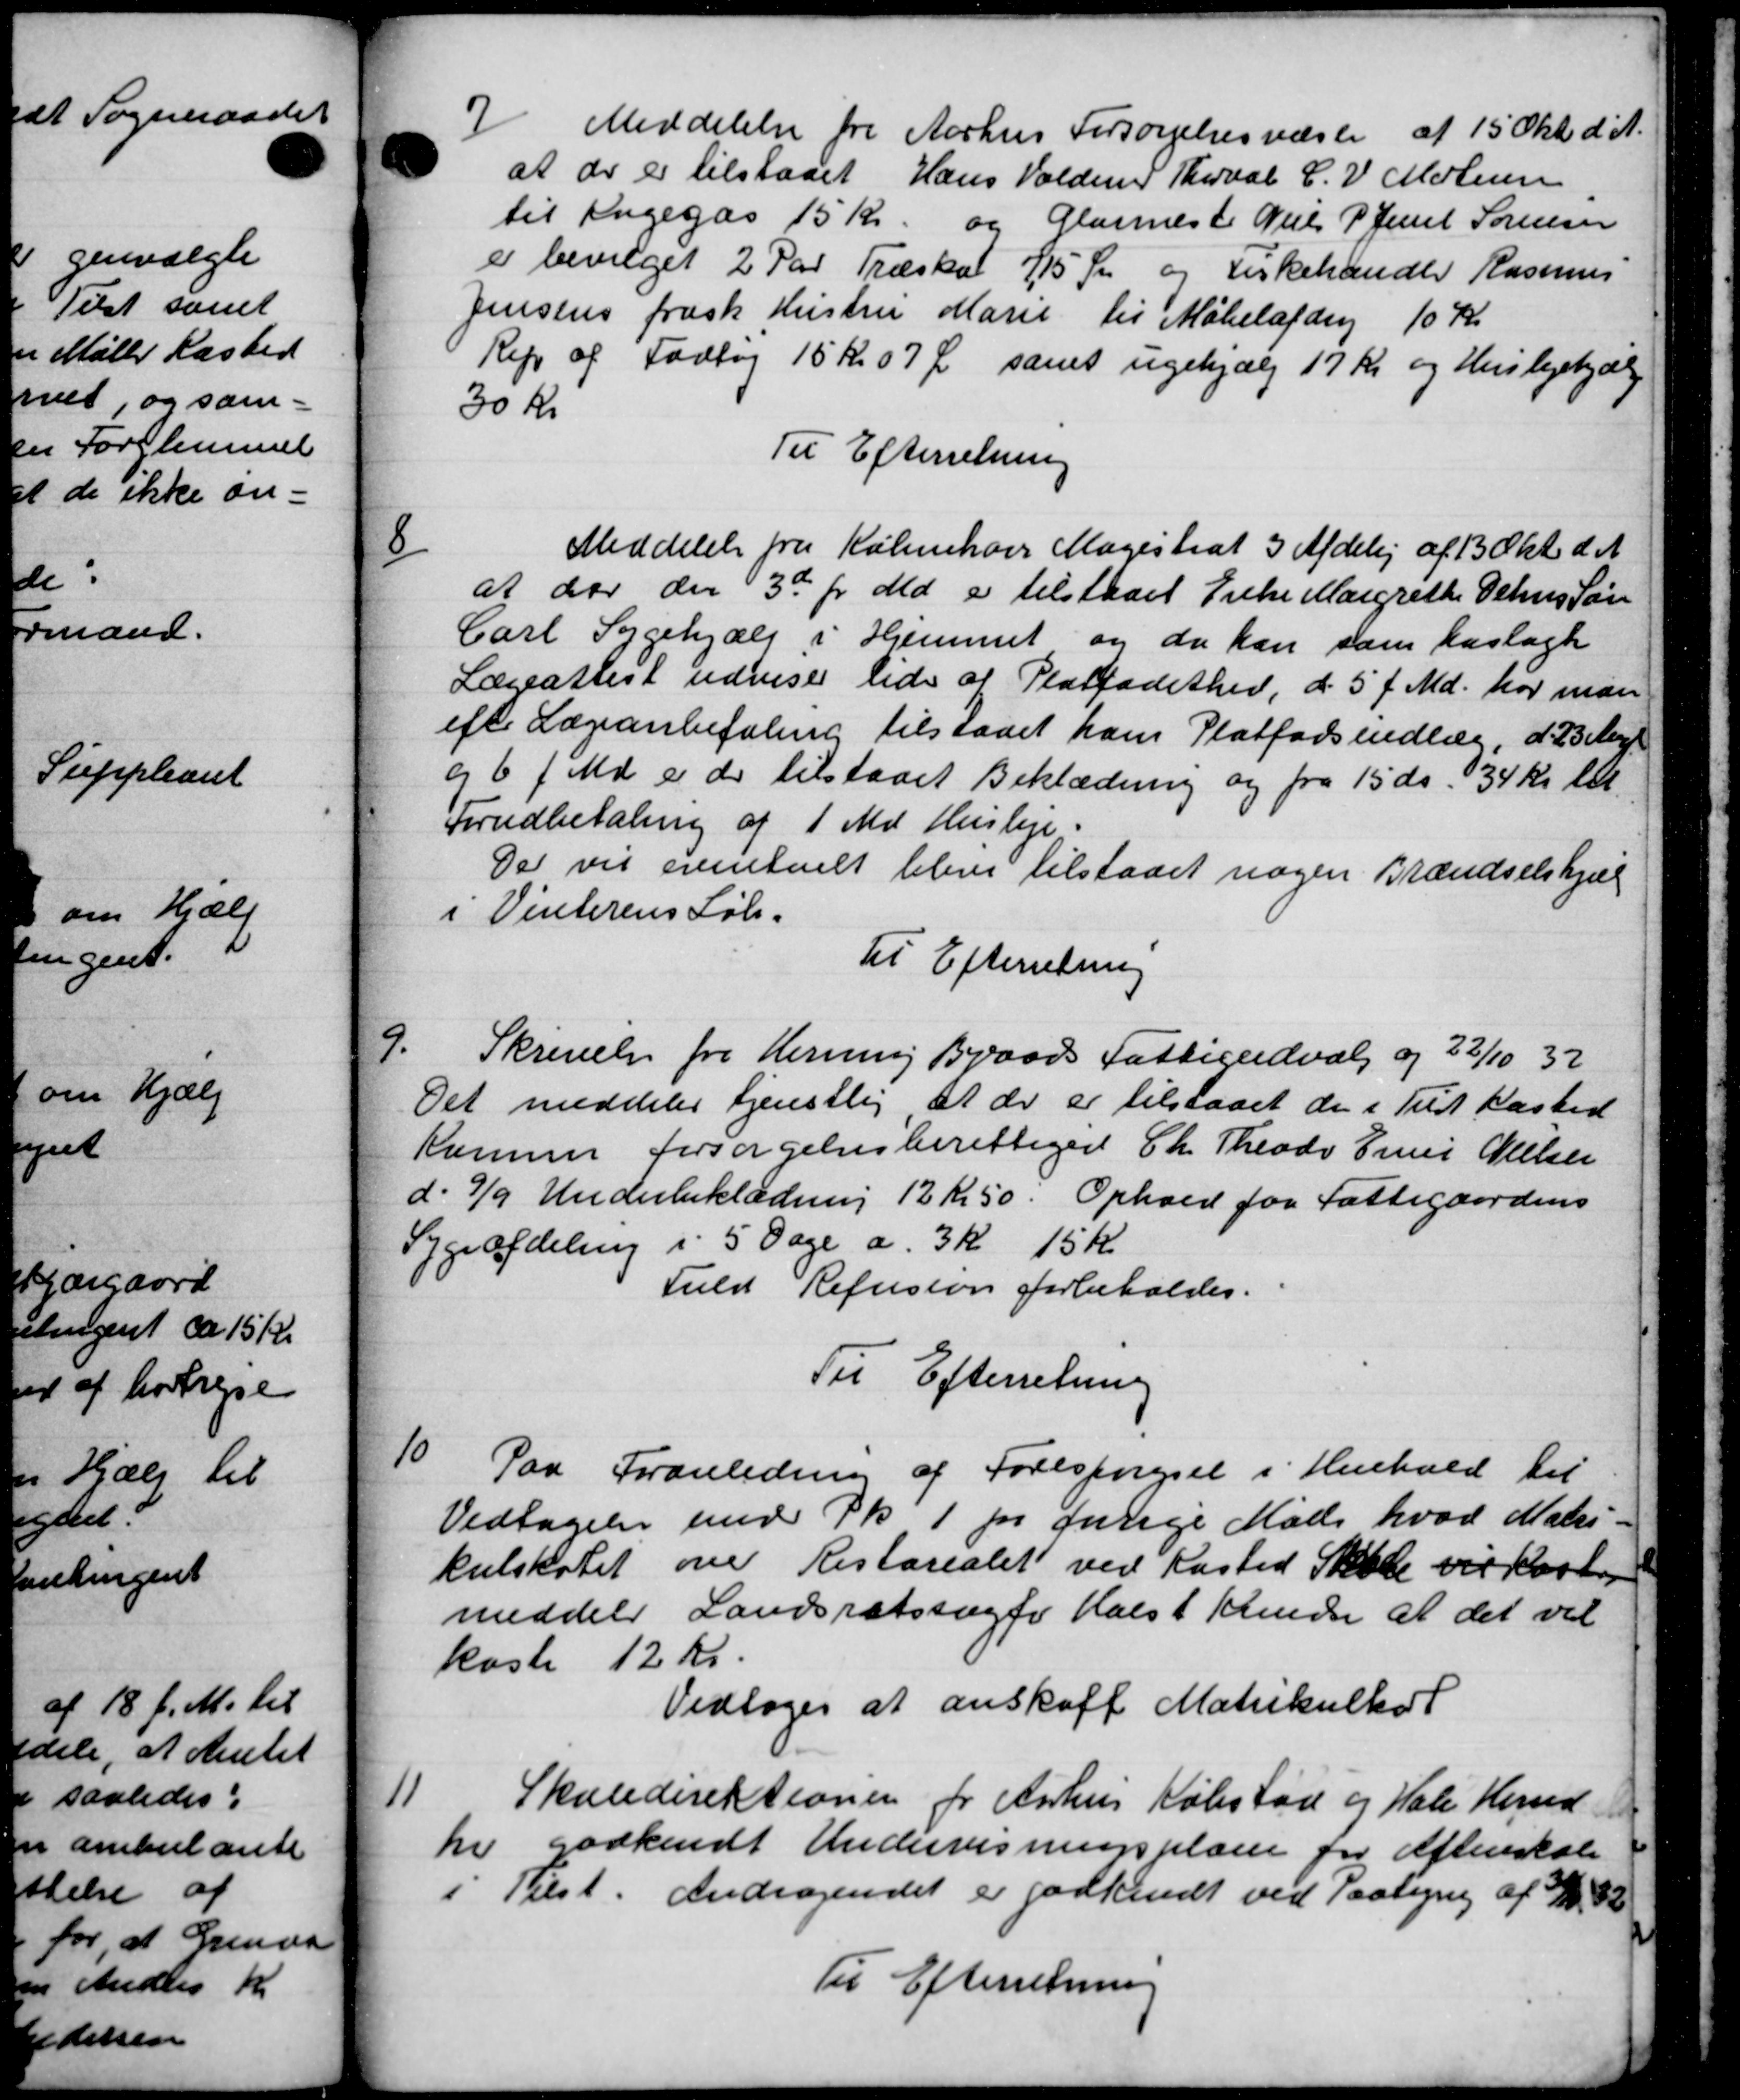
Transskription:
7
Meddelelse fra Aarhus Forsørgelsesvæste af 15 Okt. d. A.
at der er tilstaaet Hans Voldum Thorval C. V. Mortensen
til Aagegas 15 Kr. og Glarmeste Niels P Jense Sørensen
er bevilget 2 Par Træskat 115 Øre og Kirkehandle Rasmus
Jensens frask Hustru Marie til Møbelafdrag 10 Kr
Rep af Fodbog 15 kr 07 Ø samt ugehjælp 17 kr og Huslejehjælp
30 kr.
Til Efterretning
8
Meddelelse fra København Magistrat 3 Afdelig af 13 Okt. d. A.
at der den 3d pr. Md. er tilstaaet Enke Margrethe Oehus Søn
Carl Sygehjælp i Hjemmet og da han som haslagt
Lægeattest udviser lide af Platfadethed, d. 5' f. Md. har man
efter Lægeanbefaling tilstaaet han Platfodsindlæg, d. 23 Mart
og 6 f. Md. er de tilstaaet Beklædning og fra 15 ds. 34 Kr. til
Forudbetaling af 1 Md Husleje.
De vil eventuelt blive tilstaaet nogen Brændselshjæl
i Vinterens Løb.
Til Efterretning
9
Skrivelse fra Herning Braads Fattigudvalg og 22/10 32
Det meddeler tjenstlig at der er tilstaaet de i Til Kasted
Komme Forsørgelsesberettiget Chr Theodor Ernes Nielsen
d. 9/9 Underbeklædning 12 Kr 50. Ophold for Fattigaardens
Sygeafdeling i 5 Dage a 3 Kr 15 Kr
Fuld Refusion forbeholdes.
Til Efterretning
10
Paa Foranledning af Forespørgsel i Henhold til
Vedtagelse med Pk. 1 pr Jurige Møde hvad Males
kulskolet over Restarealet ved Kasted Skole vil kaste
meddele Landsretssagter Halst Kredse at det vil
koste 12 kr.
Vedtoges at anskaff Matrikulkort
11
Skoledirektionen for Aarhus Købstad og Hale Herred
hr godkendt Undervisningsplan for Aftenskole
Tilst. Andragendet er godkendt ved Paaling af 31/12 82
Til Efterretning